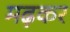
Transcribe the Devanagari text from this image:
मढ़कर